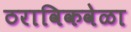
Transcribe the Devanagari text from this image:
ठराविकवेळा